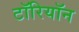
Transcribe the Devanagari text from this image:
टॉरियॉन